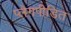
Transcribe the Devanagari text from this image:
प्लेगपीडित